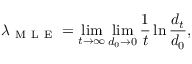
\lambda _ { \mathrm { ~ M ~ L ~ E ~ } } = \operatorname* { l i m } _ { t \to \infty } \operatorname* { l i m } _ { { d _ { 0 } \to 0 } } \frac { 1 } { t } \ln \frac { d _ { t } } { d _ { 0 } } ,